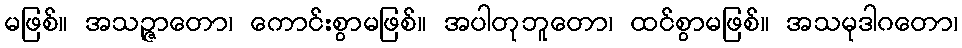
မဖြစ်။ အသဉ္ဇာတော၊ ကောင်းစွာမဖြစ်။ အပါတုဘူတော၊ ထင်စွာမဖြစ်။ အသမုဒါဂတော၊